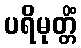
ပရိမုတ္တိံ